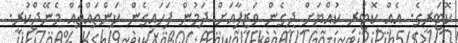
ކޮޓަރީގެ. އެއް ކޮޓަރި ކުއްޔަށް ދީގެން ވަޒީފާއަށް ދަމުން ފަހައިގެން ކަންތައްތައް މެނޭޖްކުރީ.